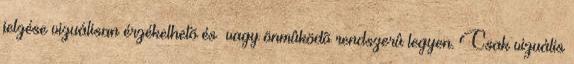
jelzése vizuálisan érzékelhetõ és vagy önmûködõ rendszerû legyen. Csak vizuális